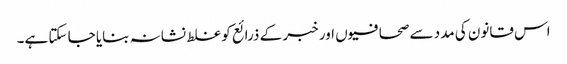
اس قانون کی مدد سے صحافیوں اور خبر کے ذرائع کو غلط نشانہ بنایا جا سکتا ہے۔